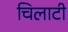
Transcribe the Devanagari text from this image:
चिलाटी